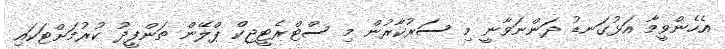
އެހެންވީމާ އަޅުގަނޑު ދަންނަވާނީ މި ސަރުކާރުން މި ސްޓްރެޓީޖިކް ޕްލޭން ތަންފީޛު ކުރުމަށްޓަކައި